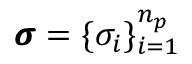
\pmb { \sigma } = \{ \sigma _ { i } \} _ { i = 1 } ^ { n _ { p } }